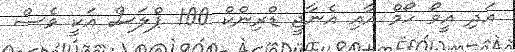
އަދި އީވޯ ހޯމް އާއި އެނާޖީ ޑްރިންކް 100 ޕްލަސް އަކީ ވެސް